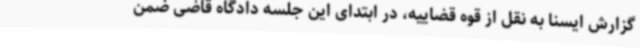
گزارش ایسنا به نقل از قوه قضاییه، در ابتدای این جلسه دادگاه قاضی ضمن